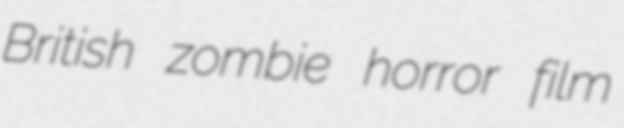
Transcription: British zombie horror film